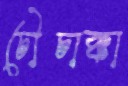
চৌচাক্কা